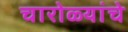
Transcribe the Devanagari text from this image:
चारोळ्यांचे